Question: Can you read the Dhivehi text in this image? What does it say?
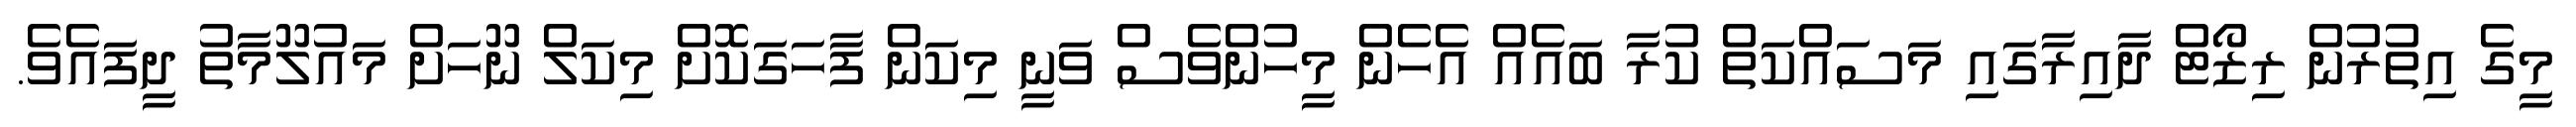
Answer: މީގެ އިތުރުން ރިޒޯޓް ދާއިރާގައި މަސައްކަތް ކުރާ ބައެއް އެހެން މީހުންވެސް ވަނީ މިކަން ފާހަގަކޮށް މިކަލް ނޫހަށް މައުލޫމާތު ދީފައެވެ.